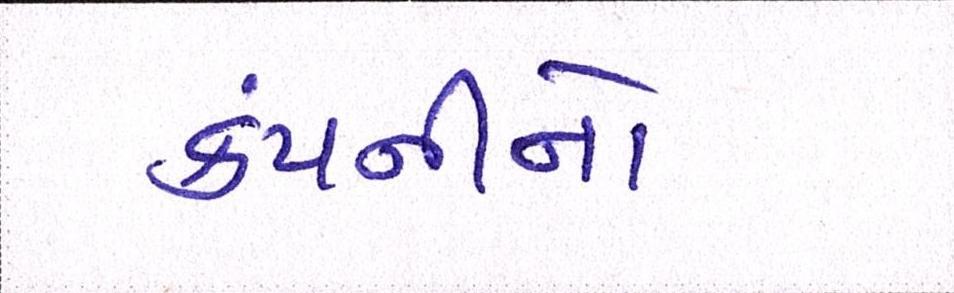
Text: કંપનીનો